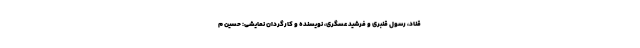
قناد، رسول قنبری و فرشید عسگری، نویسنده و کارگردان نمایشی: حسین م